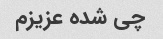
چی شده عزیزم